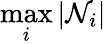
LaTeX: \operatorname*{max}_{i}|\mathcal N_{i}|